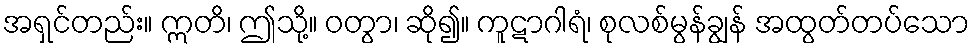
အရှင်တည်း။ ဣတိ၊ ဤသို့။ ဝတွာ၊ ဆို၍။ ကူဋာဂါရံ၊ စုလစ်မွန်ချွန် အထွတ်တပ်သော